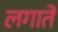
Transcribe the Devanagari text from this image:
लगातें